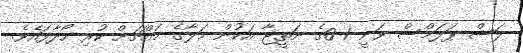
ލަސް ޕަލަމްސް ވަނީ 1-0ގެ ނަތީޖާ އަކުން މަލާގެ މައްޗަށް ކުރި ހޯދާފައެވެ.